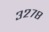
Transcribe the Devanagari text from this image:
३२७८